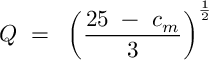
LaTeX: Q ~ = ~ \left( { \frac { 2 5 ~ - ~ c _ { m } } { 3 } } \right) ^ { \frac 1 2 }